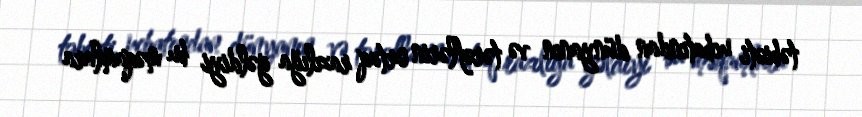
təbiəti ucbatından dünyanın və tərəflərin ortaq razılığa gəldiyi bu məqamlara